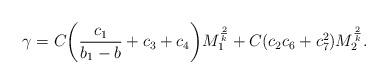
LaTeX: \begin{align*}\gamma = C\bigg(\frac{c_1}{b_1-b} +c_3+c_4\bigg)M_1^\frac{2}{k} + C(c_2c_6+c_7^2)M_2^\frac{2}{k}.\end{align*}